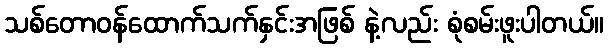
သစ်တောဝန်ထောက်သက်နှင်းအဖြစ် နဲ့လည်း စုံစမ်းဖူးပါတယ်။